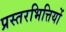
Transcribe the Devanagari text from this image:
प्रस्तरभित्तियों